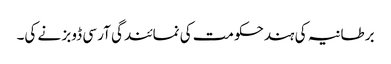
برطانیہ کی ہندحکومت کی نمائندگی آر سی ڈوبز نے کی۔